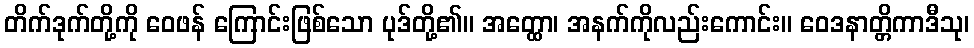
တိက်ဒုက်တို့ကို ဝေဖန် ကြောင်းဖြစ်သော ပုဒ်တို့၏။ အတ္ထော၊ အနက်ကိုလည်းကောင်း။ ဝေဒနာတ္တိကာဒီသု၊